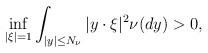
LaTeX: \begin{align*} \inf_{|\xi|=1}\int_{|y|\leq N_\nu }|y\cdot\xi|^2\nu(dy) >0,\end{align*}